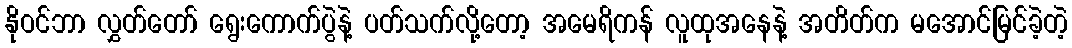
နိုဝင်ဘာ လွှတ်တော် ရွေးကောက်ပွဲနဲ့ ပတ်သက်လို့တော့ အမေရိကန် လူထုအနေနဲ့ အတိတ်က မအောင်မြင်ခဲ့တဲ့